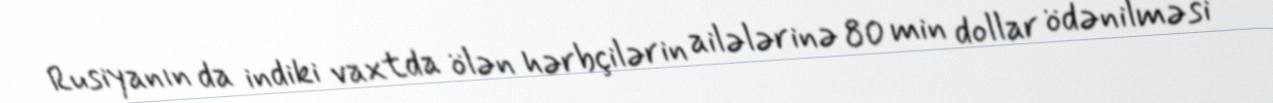
Rusiyanın da indiki vaxtda ölən hərbçilərin ailələrinə 80 min dollar ödənilməsi